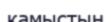
қамыстың